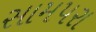
સામપરા